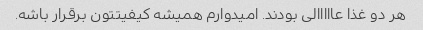
هر دو غذا عااااالی بودند. امیدوارم همیشه کیفیتتون برقرار باشه.